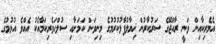
އެމެރިކާއިން ވަނީ ރާއްޖޭގެ ސަރުކާރުން ޚިޔާލުފާޅުކުރުމުގެ މިިނިވަން ކަމަށާއި ސުލްހަވެރިކަމާއެކު އެއްވެ އުޅުމުގެ